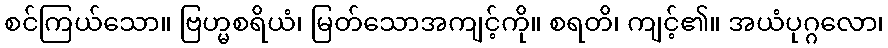
စင်ကြယ်သော။ ဗြဟ္မစရိယံ၊ မြတ်သောအကျင့်ကို။ စရတိ၊ ကျင့်၏။ အယံပုဂ္ဂလော၊